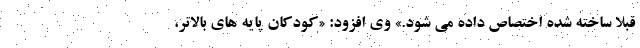
قبلا ساخته شده اختصاص داده می شود.» وی افزود: «کودکان پایه های بالاتر،